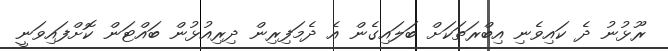
ރޫޅުނު ދެ ކައިވެނި އިބްރަތަކަށް ބަލައިގެން އެ ދެމަފިރިން ދިރިއުޅުން ބައްޓަން ކޮށްފައިވަނީ